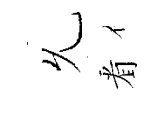
𠃔㸔